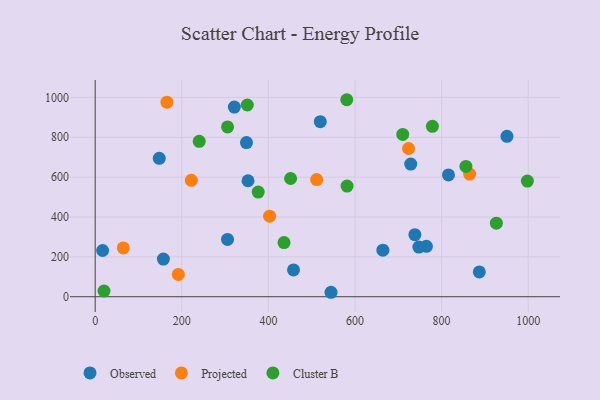
{"axis": {"x": "Engine Size", "y": "Rating"}, "legend": ["Cluster B", "Observed", "Projected"], "data": [{"x": "157.5", "y": 188.9, "type": "Observed"}, {"x": "738.3", "y": 311.4, "type": "Observed"}, {"x": "349.4", "y": 773.3, "type": "Observed"}, {"x": "728.7", "y": 665.5, "type": "Observed"}, {"x": "458.0", "y": 134.3, "type": "Observed"}, {"x": "664.4", "y": 233.8, "type": "Observed"}, {"x": "950.9", "y": 804.6, "type": "Observed"}, {"x": "321.4", "y": 951.4, "type": "Observed"}, {"x": "519.9", "y": 878.5, "type": "Observed"}, {"x": "764.9", "y": 253.1, "type": "Observed"}, {"x": "305.6", "y": 287.4, "type": "Observed"}, {"x": "17.2", "y": 231.9, "type": "Observed"}, {"x": "353.0", "y": 581.9, "type": "Observed"}, {"x": "887.1", "y": 124.4, "type": "Observed"}, {"x": "747.5", "y": 249.0, "type": "Observed"}, {"x": "148.0", "y": 694.5, "type": "Observed"}, {"x": "815.9", "y": 611.2, "type": "Observed"}, {"x": "544.6", "y": 22.3, "type": "Observed"}, {"x": "723.7", "y": 743.8, "type": "Projected"}, {"x": "511.5", "y": 588.0, "type": "Projected"}, {"x": "192.0", "y": 111.7, "type": "Projected"}, {"x": "222.0", "y": 584.0, "type": "Projected"}, {"x": "65.0", "y": 244.8, "type": "Projected"}, {"x": "864.8", "y": 615.5, "type": "Projected"}, {"x": "402.8", "y": 404.0, "type": "Projected"}, {"x": "165.7", "y": 976.2, "type": "Projected"}, {"x": "856.2", "y": 653.8, "type": "Cluster B"}, {"x": "376.5", "y": 525.0, "type": "Cluster B"}, {"x": "436.1", "y": 271.8, "type": "Cluster B"}, {"x": "20.4", "y": 28.7, "type": "Cluster B"}, {"x": "305.7", "y": 852.0, "type": "Cluster B"}, {"x": "451.3", "y": 593.1, "type": "Cluster B"}, {"x": "710.3", "y": 814.5, "type": "Cluster B"}, {"x": "581.0", "y": 988.5, "type": "Cluster B"}, {"x": "581.7", "y": 555.3, "type": "Cluster B"}, {"x": "240.3", "y": 779.7, "type": "Cluster B"}, {"x": "351.3", "y": 962.0, "type": "Cluster B"}, {"x": "998.1", "y": 580.2, "type": "Cluster B"}, {"x": "926.5", "y": 368.9, "type": "Cluster B"}, {"x": "778.8", "y": 855.2, "type": "Cluster B"}]}